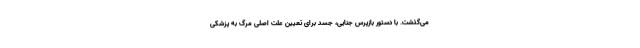
می‌گذشت. با دستور بازپرس جنایی، جسد برای تعیین علت اصلی مرگ به پزشکی